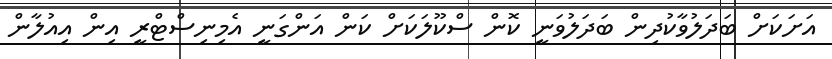
އަށަކަށް ބަދަލުވާކުދިން ބަދަލުވަނީ ކޮން ސްކޫލަކަށް ކަން އަންގަނީ އެމިނިސްޓްރީ އިން އިއުލާން